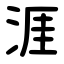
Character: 涯